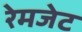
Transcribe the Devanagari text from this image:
रेमजेट